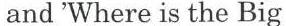
and 'Where is the Big